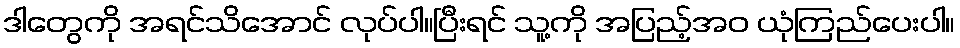
ဒါတွေကို အရင်သိအောင် လုပ်ပါ။ပြီးရင် သူ့ကို အပြည့်အဝ ယုံကြည်ပေးပါ။